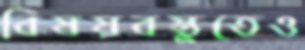
বিষয়বস্তুতেও